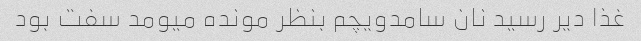
غذا دیر رسید نان سامدویچم بنظر مونده میومد سفت بود